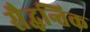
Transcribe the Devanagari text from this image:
सैद्धन्तिक